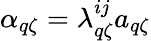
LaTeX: \alpha_{q\zeta}=\lambda_{q\zeta}^{ij}a_{q\zeta}